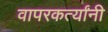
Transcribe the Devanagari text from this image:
वापरकर्त्यांनी